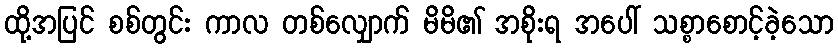
ထို့အပြင် စစ်တွင်း ကာလ တစ်လျှောက် မိမိ၏ အစိုးရ အပေါ် သစ္စာစောင့်ခဲ့သော